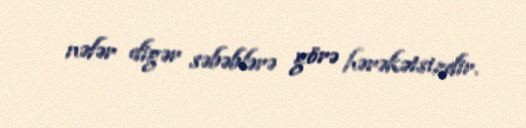
nəfər digər səbəblərə görə hərəkətsizdir.